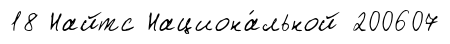
18 Найтс Национа́льной 200607